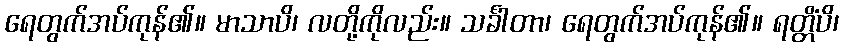
ရေတွက်အပ်ကုန်၏။ မာသာပိ၊ လတို့ကိုလည်း။ သင်္ခါတာ၊ ရေတွက်အပ်ကုန်၏။ ရတ္တိံပိ၊